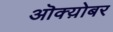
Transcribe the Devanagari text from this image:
ऒक्य़ोबर